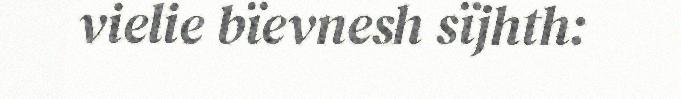
vielie bïevnesh sïjhth: